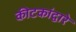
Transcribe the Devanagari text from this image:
कीटकांद्वारे